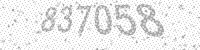
Solution: 837058